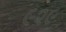
૯૨૯